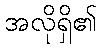
အလိုရှိ၏